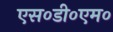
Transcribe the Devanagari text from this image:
एस०डी०एम०